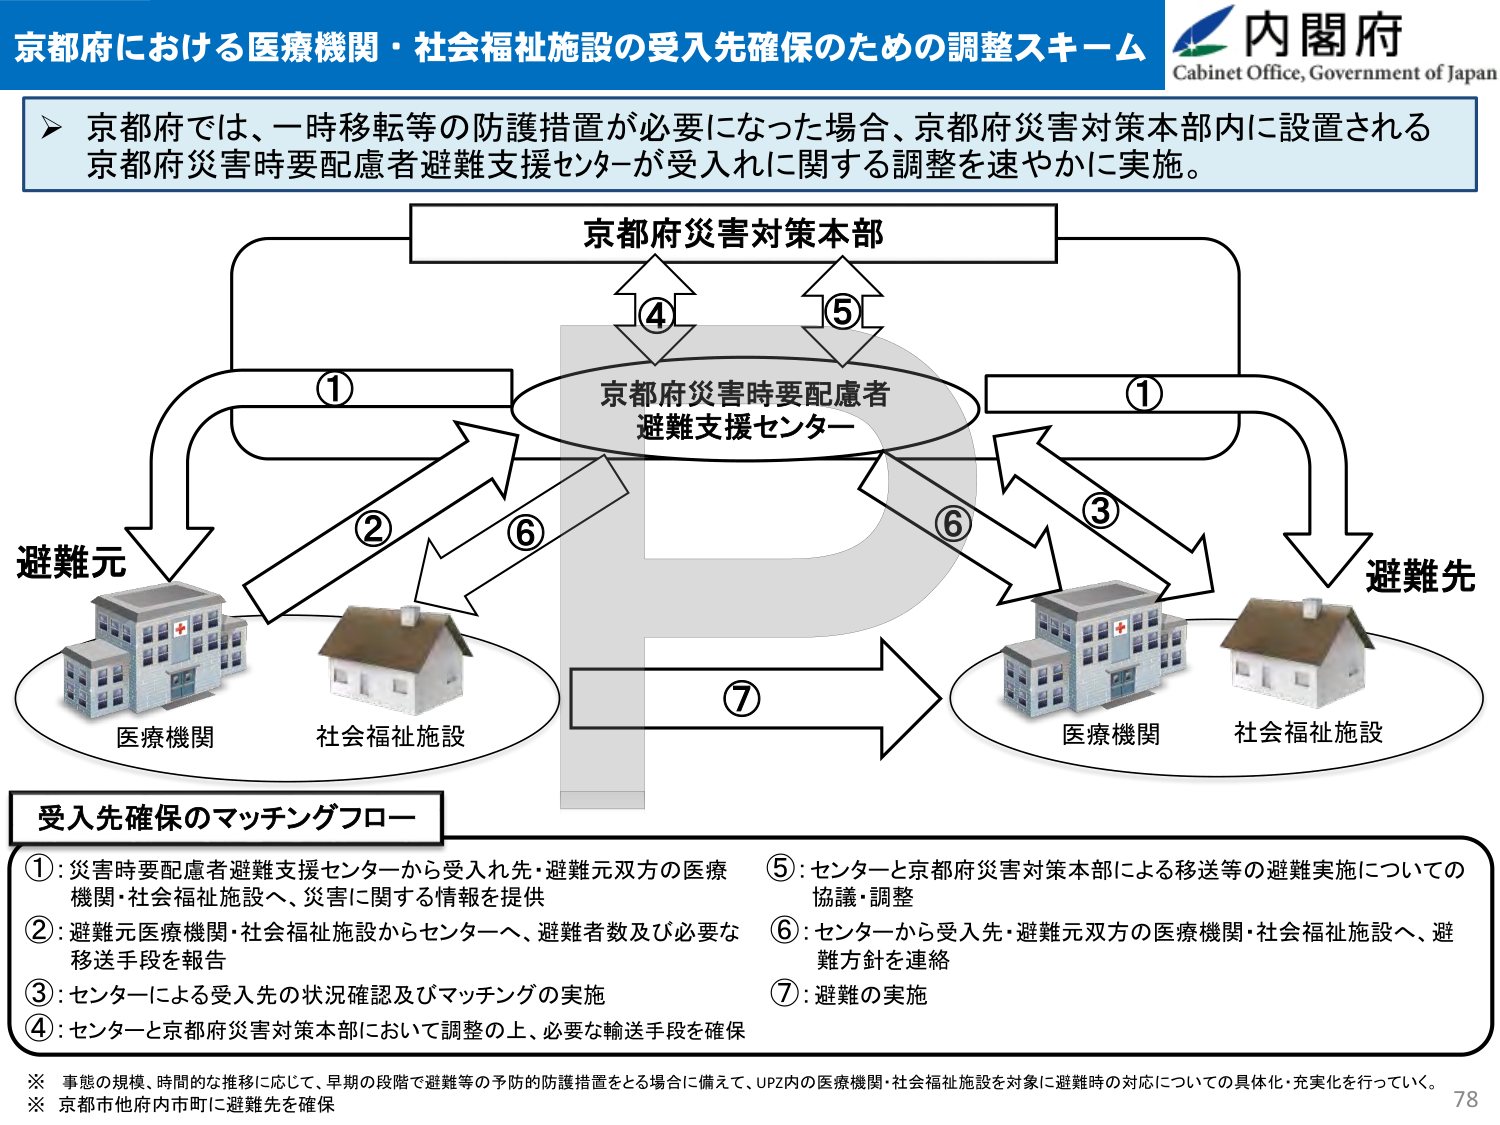
京都府における医療機関・社会福祉施設の受入先確保のための調整スキーム
内閣府
Cabinet Office, Government of Japan

京都府では、一時移転等の防護措置が必要になった場合、京都府災害対策本部内に設置される京都府災害時要配慮者避難支援センターが受入れに関する調整を速やかに実施。

京都府災害対策本部
京都府災害時要配慮者避難支援センター
避難元
医療機関
社会福祉施設
避難先
医療機関
社会福祉施設

受入先確保のマッチングフロー
①：災害時要配慮者避難支援センターから受入先・避難元双方の医療機関・社会福祉施設へ、災害に関する情報を提供
②：避難元医療機関・社会福祉施設からセンターへ、避難者数及び必要な移送手段を報告
③：センターによる受入先の状況確認及びマッチングの実施
④：センターと京都府災害対策本部において調整の上、必要な輸送手段を確保
⑤：センターと京都府災害対策本部による移送等の避難実施についての協議・調整
⑥：センターから受入先・避難元双方の医療機関・社会福祉施設へ、避難方針を連絡
⑦：避難の実施

※ 事態の規模、時間的な推移に応じて、早期の段階で避難等の予防的防護措置をとる場合に備えて、UPZ内の医療機関・社会福祉施設を対象に避難時の対応についての具体化・充実化を行っていく。
※ 京都市他府内市町に避難先を確保
78